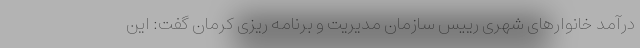
درآمد خانوارهای شهری رییس سازمان مدیریت و برنامه ریزی کرمان گفت: این